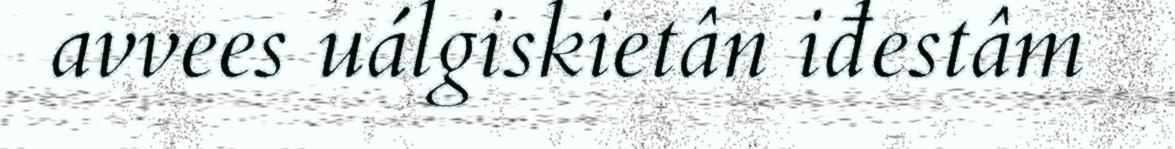
avvees uálgiskietân iđestâm